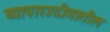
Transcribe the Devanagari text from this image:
व्यापारउदीमातील